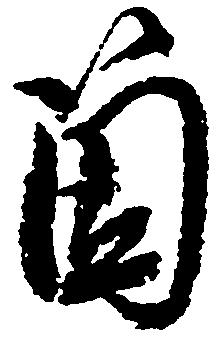
箇